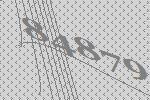
84879